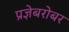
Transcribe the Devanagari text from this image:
प्रज्ञेबरोबर